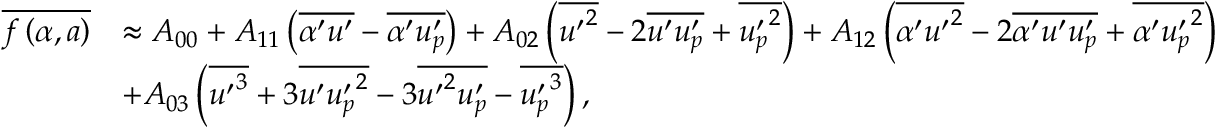
\begin{array} { r l } { \overline { { f \left( \alpha , a \right) } } } & { \approx A _ { 0 0 } + A _ { 1 1 } \left( \overline { { \alpha ^ { \prime } u ^ { \prime } } } - \overline { { \alpha ^ { \prime } u _ { p } ^ { \prime } } } \right) + A _ { 0 2 } \left( \overline { { { u ^ { \prime } } ^ { 2 } } } - 2 \overline { { u ^ { \prime } u _ { p } ^ { \prime } } } + \overline { { { u _ { p } ^ { \prime } } ^ { 2 } } } \right) + A _ { 1 2 } \left( \overline { { \alpha ^ { \prime } { u ^ { \prime } } ^ { 2 } } } - 2 \overline { { \alpha ^ { \prime } u ^ { \prime } u _ { p } ^ { \prime } } } + \overline { { \alpha ^ { \prime } { u _ { p } ^ { \prime } } ^ { 2 } } } \right) } \\ & { + A _ { 0 3 } \left( \overline { { { u ^ { \prime } } ^ { 3 } } } + 3 \overline { { u ^ { \prime } { u _ { p } ^ { \prime } } ^ { 2 } } } - 3 \overline { { { u ^ { \prime } } ^ { 2 } { u _ { p } ^ { \prime } } } } - \overline { { { u _ { p } ^ { \prime } } ^ { 3 } } } \right) , } \end{array}